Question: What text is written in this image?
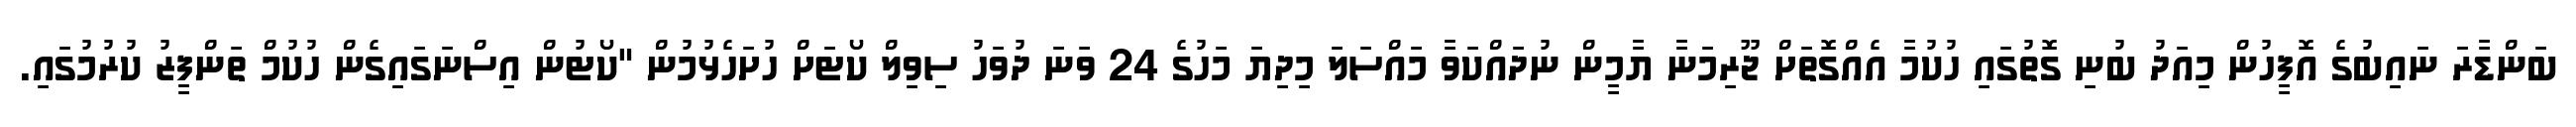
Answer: ބަންޑާރަ ނައިބުގެ އޮފީހުން މިއަދު ބުނި ގޮތުގައި ހުކުމާ އެއްގޮތަށް ޖޫރިމަނާ ޔާމީން ނުދައްކަވާ މައްސަލަ މިދިޔަ މަހުގެ 24 ވަނަ ދުވަހު ސިވިލް ކޯޓަށް ހުށަހެޅުމުން "ކޯޓުން އިސްނަގައިގެން ހުކުމް ތަންފީޒު ކުރުމުގައި.